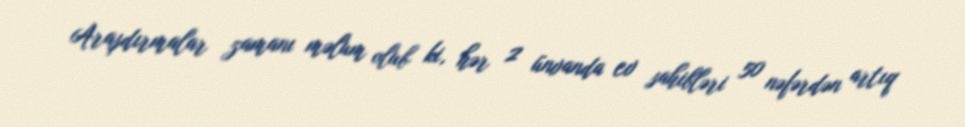
Araşdırmalar zamanı məlum olub ki, hər 2 ünvanda ev sahibləri 50 nəfərdən artıq